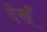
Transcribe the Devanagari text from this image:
देखूँ